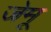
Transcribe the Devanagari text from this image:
जेमू